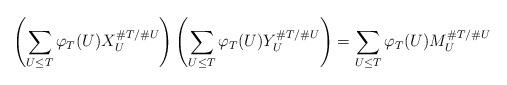
LaTeX: \begin{align*}\left(\sum_{U \leq T} \varphi_T(U) X_U^{\# T / \#U}\right)\left(\sum_{U \leq T} \varphi_T(U) Y_U^{\# T / \#U}\right) = \sum_{U \leq T} \varphi_T(U) M_U^{\# T / \#U}\end{align*}